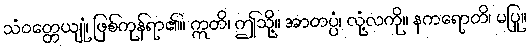
သံဝတ္တေယျုံ၊ ဖြစ်ကုန်ရာ၏။ ဣတိ၊ ဤသို့။ အာတပ္ပံ၊ လုံ့လကို။ နကရောတိ၊ မပြု။